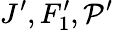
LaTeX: J^{\prime},F_{1}^{\prime},\mathcal{P}^{\prime}